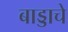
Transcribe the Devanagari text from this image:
बाड्डाचे